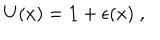
LaTeX: U ( x ) = { \bf 1 } + \epsilon ( x ) \; ,